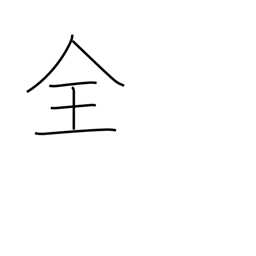
Meaning: whole